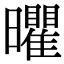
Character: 㬬